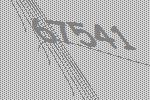
67541